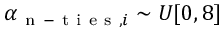
\alpha _ { \mathrm { ~ n ~ - ~ t ~ i ~ e ~ s ~ } , i } \sim U [ 0 , 8 ]